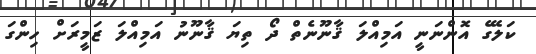
ކަލޭގެ އޮންނަނީ އަމިއްލަ ޤާނޫނެތް ދޯ ތިޔަ ޤާނޫނު އަމިއްލަ ޒަމީރަށް ހިންގަ